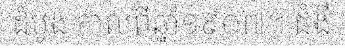
ដំបូង កាលពីឆ្នាំ១៩០៧។ ជំងឺ